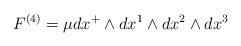
LaTeX: \begin{align*}F^{\left(4 \right)} = \mu dx^{+} \wedge dx^1 \wedge dx^2 \wedge dx^3\end{align*}